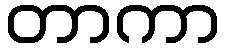
တာကာ